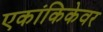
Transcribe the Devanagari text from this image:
एकांकिकेवर